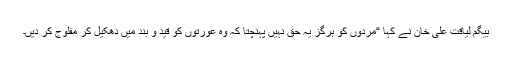
بیگم لیاقت علی خان نے کہا “مردوں کو ہرگز یہ حق نہیں پہنچتا کہ وہ عورتوں کو قید و بند میں دھکیل کر مفلوج کر دیں۔